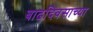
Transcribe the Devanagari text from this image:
बाढदिवसाच्या